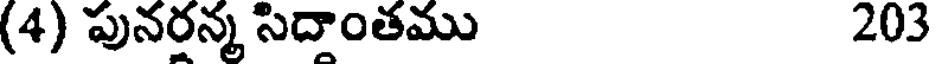
(4) పునరన్మ సిదాంతము 203